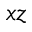
x z